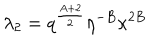
LaTeX: \lambda _ { 2 } = q ^ { \frac { A + 2 } { 2 } } \eta ^ { - B } \kappa ^ { 2 B }